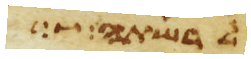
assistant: לרשתה